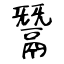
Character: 鬵